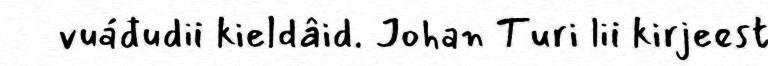
vuáđudii kieldâid. Johan Turi lii kirjeest